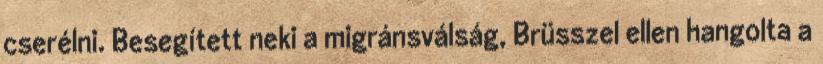
cserélni. Besegített neki a migránsválság, Brüsszel ellen hangolta a